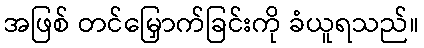
အဖြစ် တင်မြှောက်ခြင်းကို ခံယူရသည်။